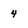
Character: 4